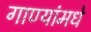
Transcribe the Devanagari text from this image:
गाण्यांमधे